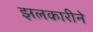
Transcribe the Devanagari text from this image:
झलकारीने